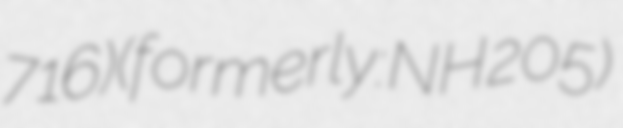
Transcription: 716)(formerly: NH 205)